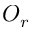
O _ { r }